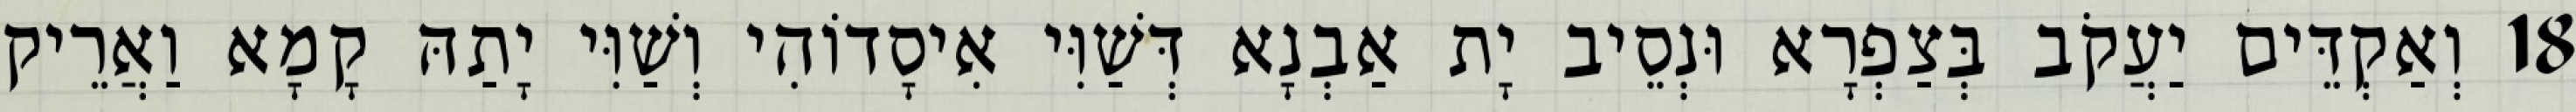
18 וְאַקְדֵּים יַעֲקֹב בְּצַפְרָא וּנְסֵיב יָת אַבְנָא דְּשַׁוִּי אִיסָדוֹהִי וְשַׁוִּי יָתַהּ קָמָא וַאֲרֵיק